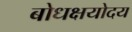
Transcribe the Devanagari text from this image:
बोधक्षयोदय